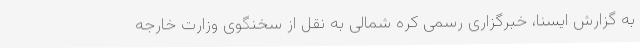
به گزارش ایسنا، خبرگزاری رسمی کره شمالی به نقل از سخنگوی وزارت خارجه